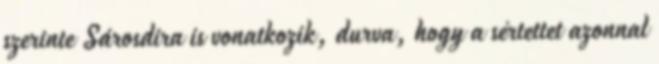
szerinte Sárosdira is vonatkozik, durva, hogy a sértettet azonnal